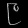
Digit: ၉